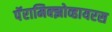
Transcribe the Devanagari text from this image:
पॅरामिक्झोव्हायरस